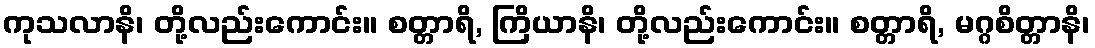
ကုသလာနိ၊ တို့လည်းကောင်း။ စတ္တာရိ, ကြိယာနိ၊ တို့လည်းကောင်း။ စတ္တာရိ, မဂ္ဂစိတ္တာနိ၊